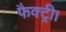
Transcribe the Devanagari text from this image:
फैक्ट्री।